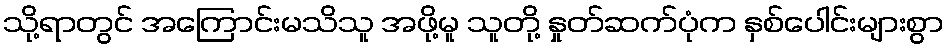
သို့ရာတွင် အကြောင်းမသိသူ အဖို့မူ သူတို့ နှုတ်ဆက်ပုံက နှစ်ပေါင်းများစွာ